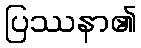
ပြဿနာ၏